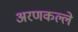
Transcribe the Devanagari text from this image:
अरणकल्ले